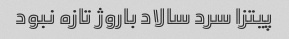
پیتزا سرد سالاد باروژ تازه نبود